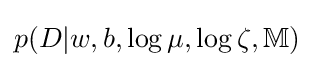
p(D|w,b,\log \mu ,\log \zeta ,\mathbb {M} )